system: You are a helpful assistant.
user:
Analyze the provided spectrum to determine if it is a **S-type Star**.

- **Key Indicators for S-type Star:**

    - **(Overall Spectrum Shape):** The first and most obvious characteristic is the overall continuum (the "baseline" shape). It is **extremely "red-sloping,"** meaning the flux (light intensity) is very low on the left side (blue, ~4000-4500 Å) and rises steeply and continuously toward the right side (red, ~7000 Å+).

    - **(Primary):** The spectrum is defined by the presence of strong, broad molecular absorption "valleys" (bands) from **Zirconium Oxide (ZrO)**. The identification of these bands is the **primary requirement** for classifying a star as S-type.
        - **(Key Bandheads):** You must find distinct, deep "dips" where the light has been absorbed. The most critical band systems to locate are:
            - **~6474 Å** ($\gamma$-system): This is often the strongest and clearest ZrO feature, found in the red part of the spectrum.
            - **~5718 Å** & **~5551 Å** ($\beta$-system): A pair of prominent absorption features in the yellow-orange part of the spectrum.
            - **~4640 Å** ($\alpha$-system): A key absorption band system in the blue-green region of the spectrum.

    - **(Secondary Confirmation):** The classification is strengthened by finding additional absorption bands from other related heavy element oxides, which are expected to be present alongside ZrO.
        - **(Key Bandheads):**
            - **Yttrium Oxide (YO):** Look for absorption dips near **~4800 Å** and **~6100 Å**.
            - **Lanthanum Oxide (LaO):** Additional absorption features, particularly in the red-orange part of the spectrum, are also characteristic.

    - **(Line Profile):** The combination of the steep red continuum and these numerous, deep molecular bands (ZrO, YO, etc.) gives the entire spectrum a very **"chopped-up"** or **"bumpy"** appearance. Instead of a smooth curve, the spectrum looks as though large, wide chunks of light have been "carved out" of it at the specific wavelengths listed above.

Think first, call **spectral_visualization_tool** if needed to examine features in detail, then provide your final answer. Your response must adhere to the following strict rules:
1.  **Overall Structure:** Your response must follow the format `<think>...</think> <tool_call>...</tool_call> (if a tool is used) <answer>...</answer>`.
2.  **Tool Usage Constraint:** You may only make **one** tool call per turn.
3.  **Final Answer Format:** In the `<answer>` tag, your conclusion must be inside a `\boxed{}` command (e.g., `\boxed{YES}` or `\boxed{NO}`), followed by your justification.

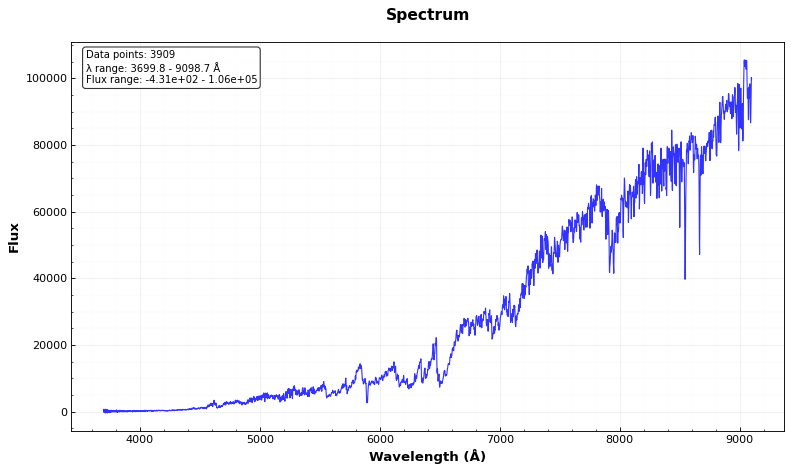
Answer: YES